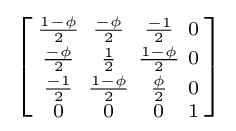
\left[{\begin{smallmatrix}{\frac {1-\phi }{2}}&{\frac {-\phi }{2}}&{\frac {-1}{2}}&0\\{\frac {-\phi }{2}}&{\frac {1}{2}}&{\frac {1-\phi }{2}}&0\\{\frac {-1}{2}}&{\frac {1-\phi }{2}}&{\frac {\phi }{2}}&0\\0&0&0&1\end{smallmatrix}}\right]